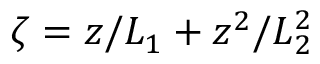
\zeta = z / L _ { 1 } + z ^ { 2 } / L _ { 2 } ^ { 2 }